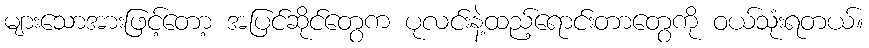
များသောအားဖြင့်တော့ အပြင်ဆိုင်တွေက ပုလင်းနဲ့ထည့်ရောင်းတာတွေကို ဝယ်သုံးရတယ်။